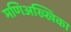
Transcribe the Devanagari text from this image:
मणिअख्खिका